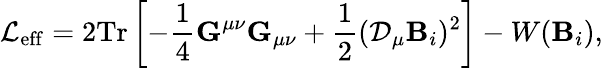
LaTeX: {\cal L}_{\mathrm{eff}}=2\mathrm{Tr}\left[-{\frac{1}{4}}{\mathbf G}^{\mu\nu}{\mathbf G}_{\mu\nu}+{\frac{1}{2}}({\cal{\cal D}}_{\mu}{\mathbf B}_{i})^{2}\right]-W({\mathbf B}_{i}),